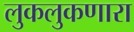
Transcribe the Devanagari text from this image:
लुकलुकणारा